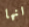
انها